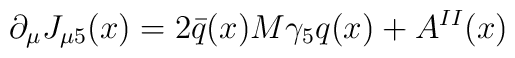
\partial_{\mu} J_{\mu 5} (x) = 2\bar{q}(x) M \gamma_{5} q(x) + A^{II}(x)